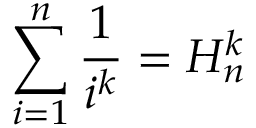
\sum _ { i = 1 } ^ { n } { \frac { 1 } { i ^ { k } } } = H _ { n } ^ { k }